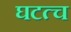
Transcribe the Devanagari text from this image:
घटत्च